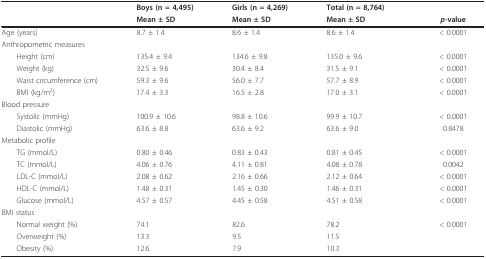
<table><thead><tr><td></td><td><b>Boys (n = 4,495)</b></td><td><b>Girls (n = 4,269)</b></td><td><b>Total (n = 8,764)</b></td><td></td></tr><tr><td></td><td><b>Mean ± SD</b></td><td><b>Mean ± SD</b></td><td><b>Mean ± SD</b></td><td><b><i>p</i>-value</b></td></tr></thead><tbody><tr><td>Age (years)</td><td>8.7 ± 1.4</td><td>8.6 ± 1.4</td><td>8.6 ± 1.4</td><td>&lt; 0.0001</td></tr><tr><td colspan="3">Anthropometric measures</td><td></td><td></td></tr><tr><td> Height (cm)</td><td>135.4 ± 9.4</td><td>134.6 ± 9.8</td><td>135.0 ± 9.6</td><td>&lt; 0.0001</td></tr><tr><td> Weight (kg)</td><td>32.5 ± 9.6</td><td>30.4 ± 8.4</td><td>31.5 ± 9.1</td><td>&lt; 0.0001</td></tr><tr><td> Waist circumference (cm)</td><td>59.3 ± 9.6</td><td>56.0 ± 7.7</td><td>57.7 ± 8.9</td><td>&lt; 0.0001</td></tr><tr><td> BMI (kg/m<sup>2</sup>)</td><td>17.4 ± 3.3</td><td>16.5 ± 2.8</td><td>17.0 ± 3.1</td><td>&lt; 0.0001</td></tr><tr><td colspan="3">Blood pressure</td><td></td><td></td></tr><tr><td> Systolic (mmHg)</td><td>100.9 ± 10.6</td><td>98.8 ± 10.6</td><td>99.9 ± 10.7</td><td>&lt; 0.0001</td></tr><tr><td> Diastolic (mmHg)</td><td>63.6 ± 8.8</td><td>63.6 ± 9.2</td><td>63.6 ± 9.0</td><td>0.8478</td></tr><tr><td>Metabolic profile</td><td></td><td></td><td></td><td></td></tr><tr><td> TG (mmol/L)</td><td>0.80 ± 0.46</td><td>0.83 ± 0.43</td><td>0.81 ± 0.45</td><td>&lt; 0.0001</td></tr><tr><td> TC (mmol/L)</td><td>4.06 ± 0.76</td><td>4.11 ± 0.81</td><td>4.08 ± 0.78</td><td>0.0042</td></tr><tr><td> LDL-C (mmol/L)</td><td>2.08 ± 0.62</td><td>2.16 ± 0.66</td><td>2.12 ± 0.64</td><td>&lt; 0.0001</td></tr><tr><td> HDL-C (mmol/L)</td><td>1.48 ± 0.31</td><td>1.45 ± 0.30</td><td>1.46 ± 0.31</td><td>&lt; 0.0001</td></tr><tr><td> Glucose (mmol/L)</td><td>4.57 ± 0.57</td><td>4.45 ± 0.58</td><td>4.51 ± 0.58</td><td>&lt; 0.0001</td></tr><tr><td colspan="3">BMI status</td><td></td><td></td></tr><tr><td> Normal weight (%)</td><td>74.1</td><td>82.6</td><td>78.2</td><td>&lt; 0.0001</td></tr><tr><td> Overweight (%)</td><td>13.3</td><td>9.5</td><td>11.5</td><td></td></tr><tr><td> Obesity (%)</td><td>12.6</td><td>7.9</td><td>10.3</td><td></td></tr></tbody></table>